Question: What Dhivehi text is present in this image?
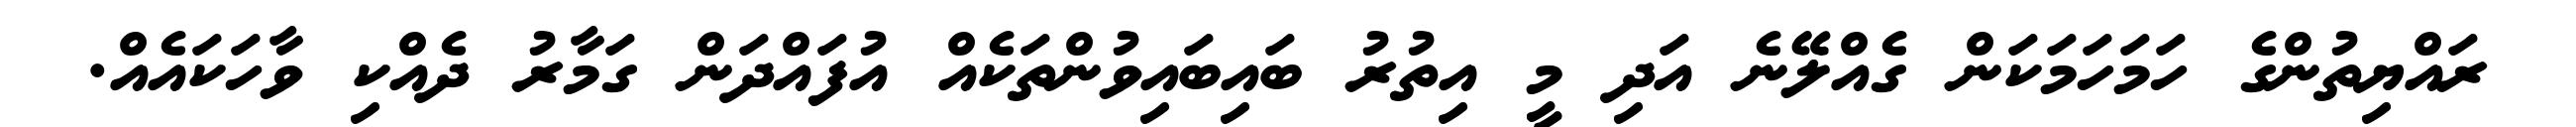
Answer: ރައްޔިތުންގެ ހަމަހަމަކަން ގެއްލޭނެ އަދި މީ އިތުރު ބައިބައިވުންތަކެއް އުފައްދަން ގަމާރު ދެއްކި ވާހަކައެއް.